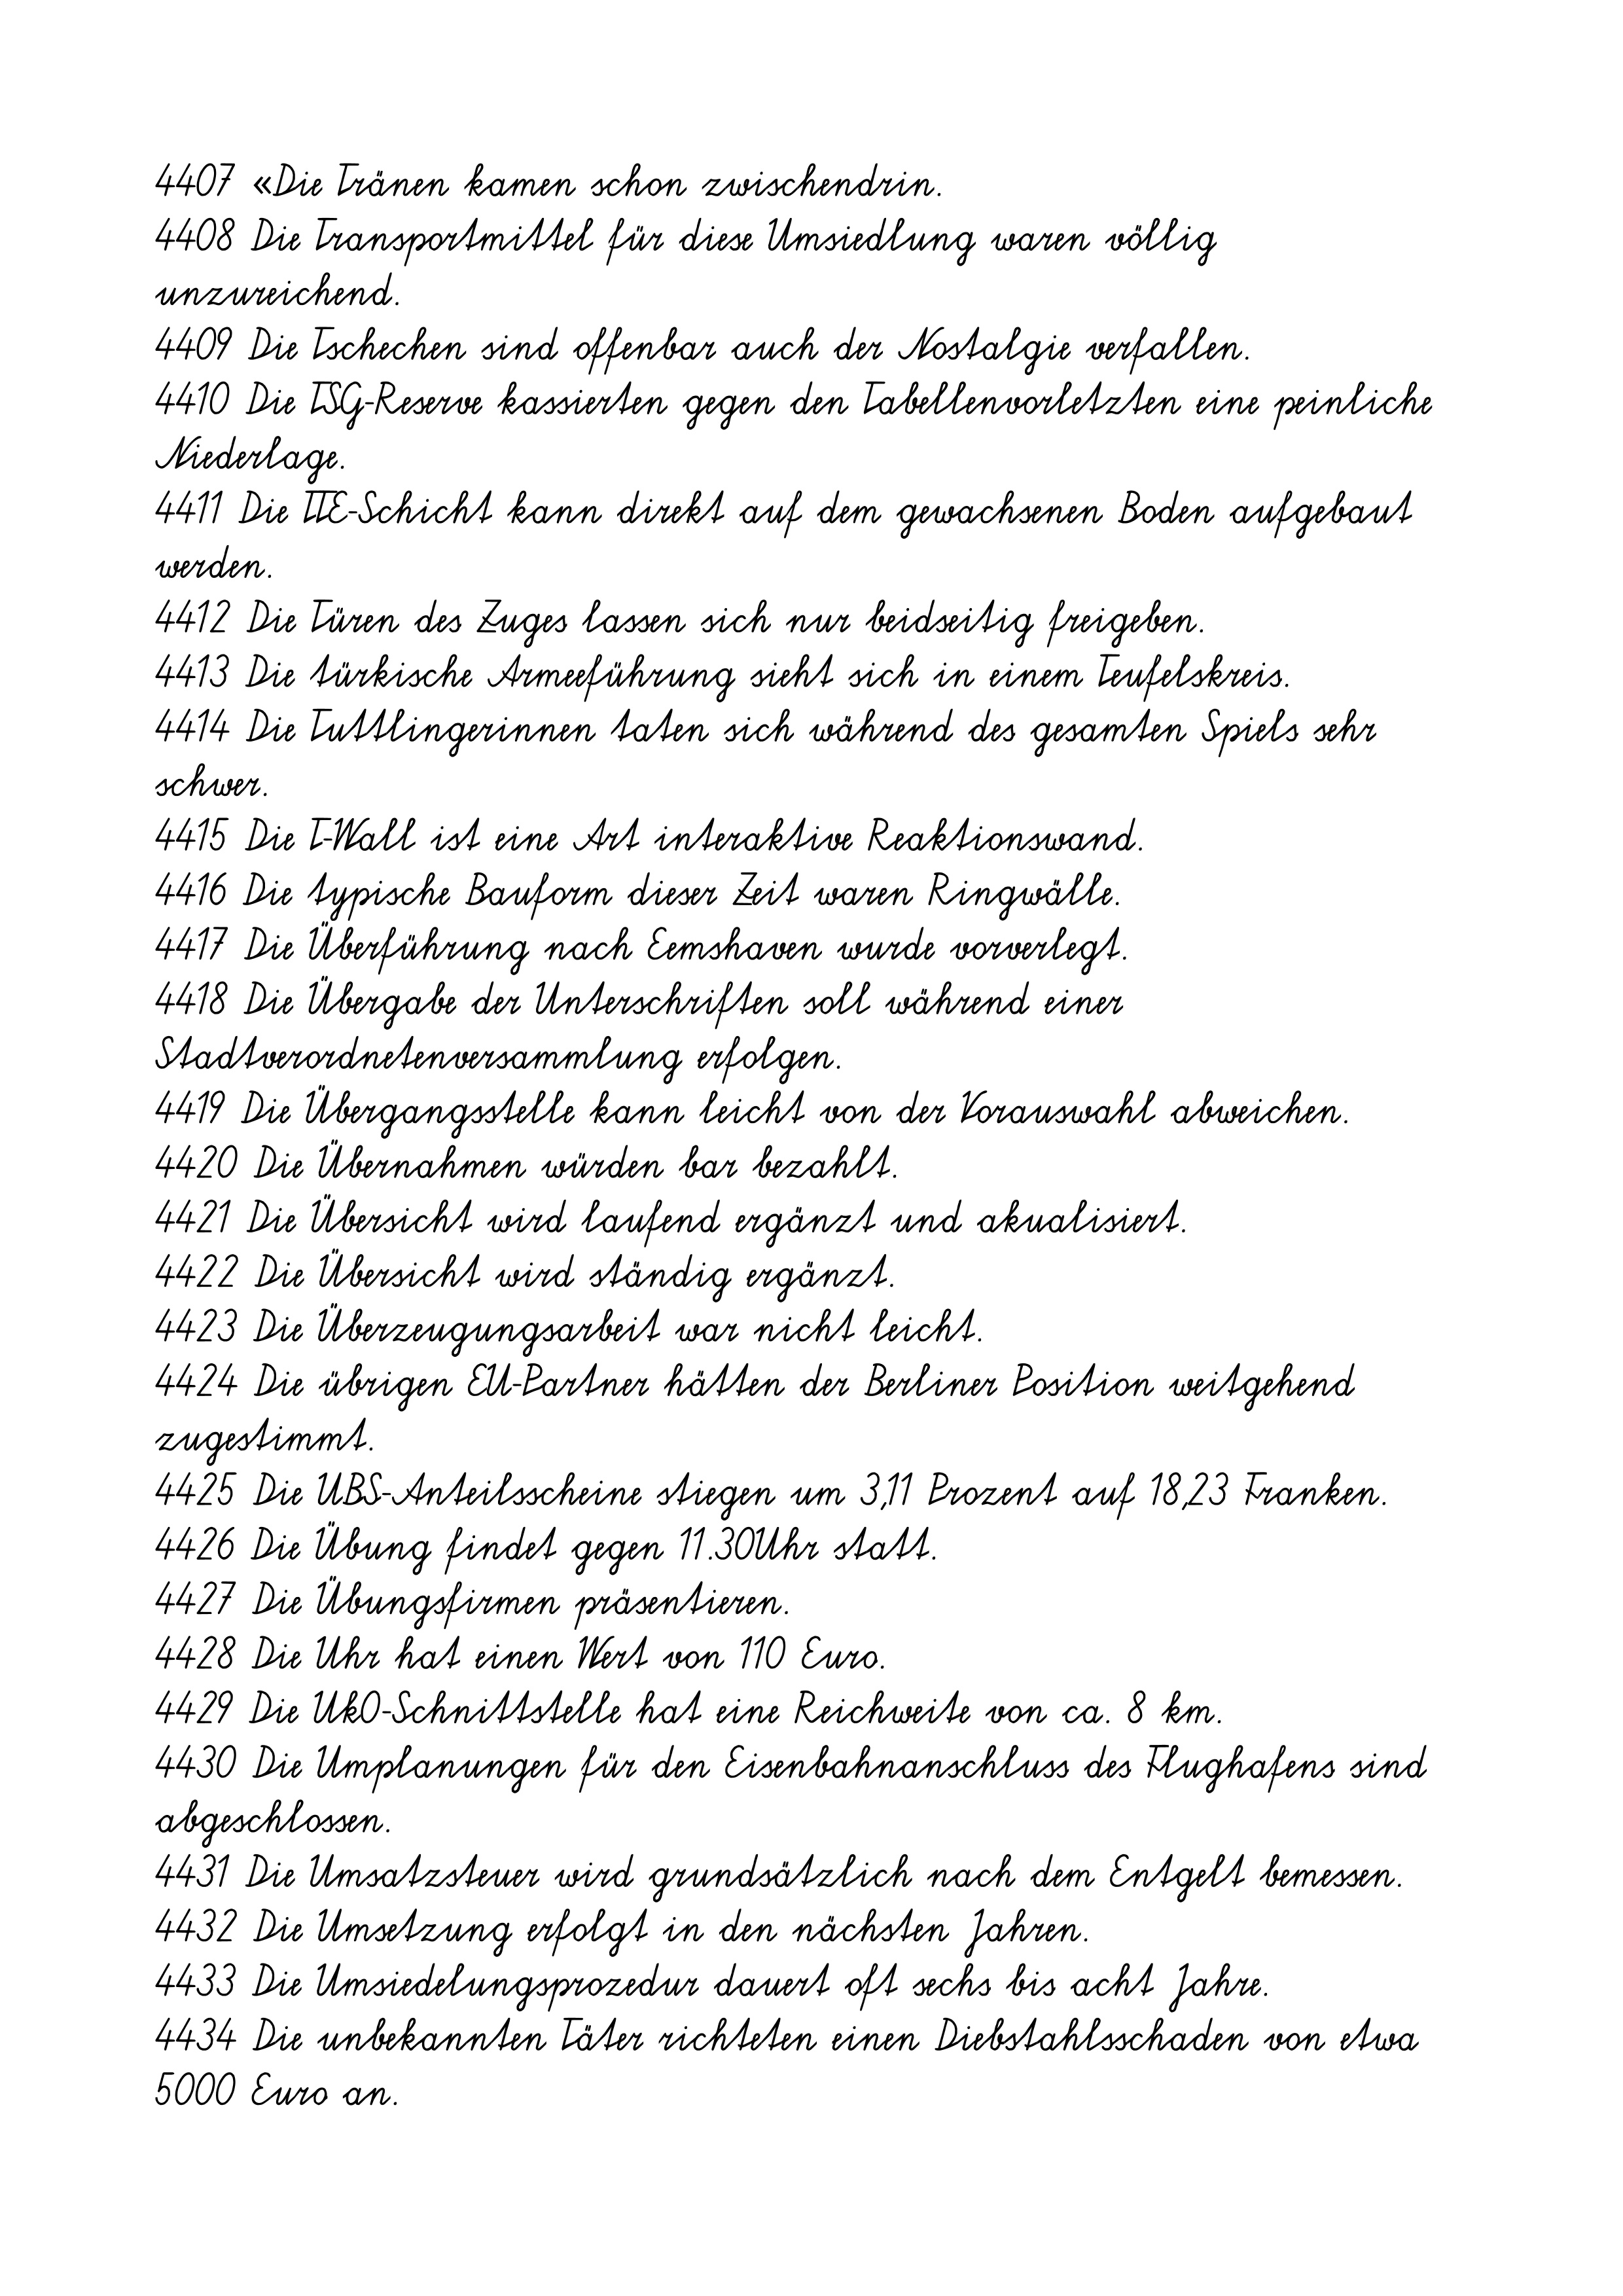
4407 «Die Tränen kamen schon zwischendrin.
4408 Die Transportmittel für diese Umsiedlung waren völlig
unzureichend.
4409 Die Tschechen sind offenbar auch der Nostalgie verfallen.
4410 Die TSG-Reserve kassierten gegen den Tabellenvorletzten eine peinliche
Niederlage.
4411 Die TTE-Schicht kann direkt auf dem gewachsenen Boden aufgebaut
werden.
4412 Die Türen des Zuges lassen sich nur beidseitig freigeben.
4413 Die türkische Armeeführung sieht sich in einem Teufelskreis.
4414 Die Tuttlingerinnen taten sich während des gesamten Spiels sehr
schwer.
4415 Die T-Wall ist eine Art interaktive Reaktionswand.
4416 Die typische Bauform dieser Zeit waren Ringwälle.
4417 Die Überführung nach Eemshaven wurde vorverlegt.
4418 Die Übergabe der Unterschriften soll während einer
Stadtverordnetenversammlung erfolgen.
4419 Die Übergangsstelle kann leicht von der Vorauswahl abweichen.
4420 Die Übernahmen würden bar bezahlt.
4421 Die Übersicht wird laufend ergänzt und akualisiert.
4422 Die Übersicht wird ständig ergänzt.
4423 Die Überzeugungsarbeit war nicht leicht.
4424 Die übrigen EU-Partner hätten der Berliner Position weitgehend
zugestimmt.
4425 Die UBS-Anteilsscheine stiegen um 3,11 Prozent auf 18,23 Franken.
4426 Die Übung findet gegen 11.30Uhr statt.
4427 Die Übungsfirmen präsentieren.
4428 Die Uhr hat einen Wert von 110 Euro.
4429 Die Uk0-Schnittstelle hat eine Reichweite von ca. 8 km.
4430 Die Umplanungen für den Eisenbahnanschluss des Flughafens sind
abgeschlossen.
4431 Die Umsatzsteuer wird grundsätzlich nach dem Entgelt bemessen.
4432 Die Umsetzung erfolgt in den nächsten Jahren.
4433 Die Umsiedelungsprozedur dauert oft sechs bis acht Jahre.
4434 Die unbekannten Täter richteten einen Diebstahlsschaden von etwa
5000 Euro an.